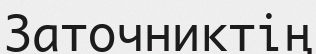
Заточниктің